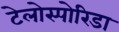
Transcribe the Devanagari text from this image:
टेलोस्पोरिडा